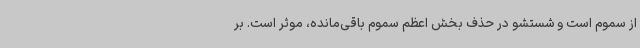
از سموم است و شستشو در حذف بخش اعظم سموم باقی‌مانده، موثر است. بر